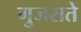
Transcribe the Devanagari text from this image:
गुजराते